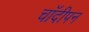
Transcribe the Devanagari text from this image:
चाँदीपन